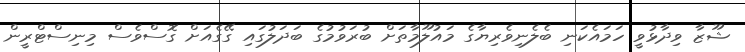
ޝޫޒާ ވިދާޅުވީ ހަމައެކަނި ބެލެނިވެރިޔާގެ މައުލޫމާތަށް ބުރަވުމުގެ ބަދަލުގައި ގޭގެއަށް ގޮސްވެސް މިނިސްޓްރީން